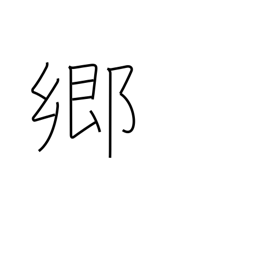
Meaning: district